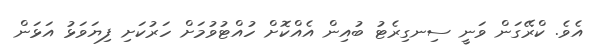
އެވެ. ކްރޭގަން ވަނީ ސިނގިރެޓު ބުއިން އެއްކޮށް ހުއްޓުވުމަށް ހަރުކަށި ފިޔަވަޅު އަޅަން